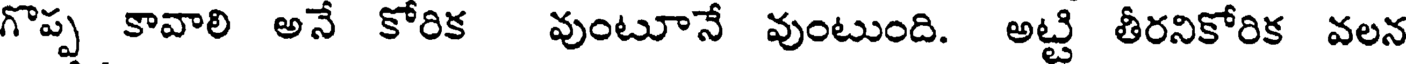
గొప్ప కావాలి అనే కోరిక వుంటూనే వుంటుంది. అట్టి తీరనికోరిక వలన